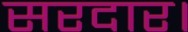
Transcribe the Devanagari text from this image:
सरदार।